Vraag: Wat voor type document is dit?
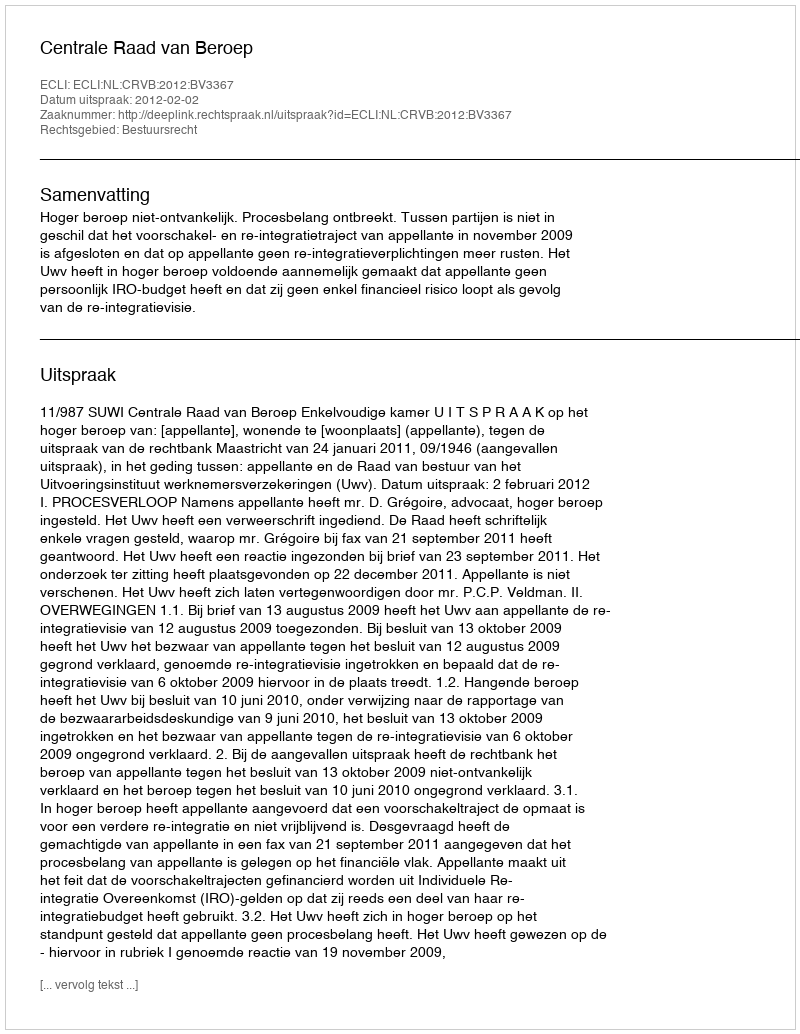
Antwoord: Uitspraak